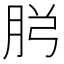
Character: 𮌏